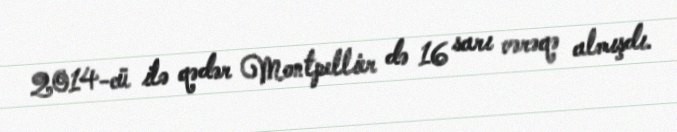
2014-cü ilə qədər Montpellier də 16 sarı vərəqə almışdı.